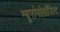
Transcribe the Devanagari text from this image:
न्यूरोनोलॉजिस्ट